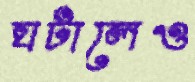
ঘটালেও